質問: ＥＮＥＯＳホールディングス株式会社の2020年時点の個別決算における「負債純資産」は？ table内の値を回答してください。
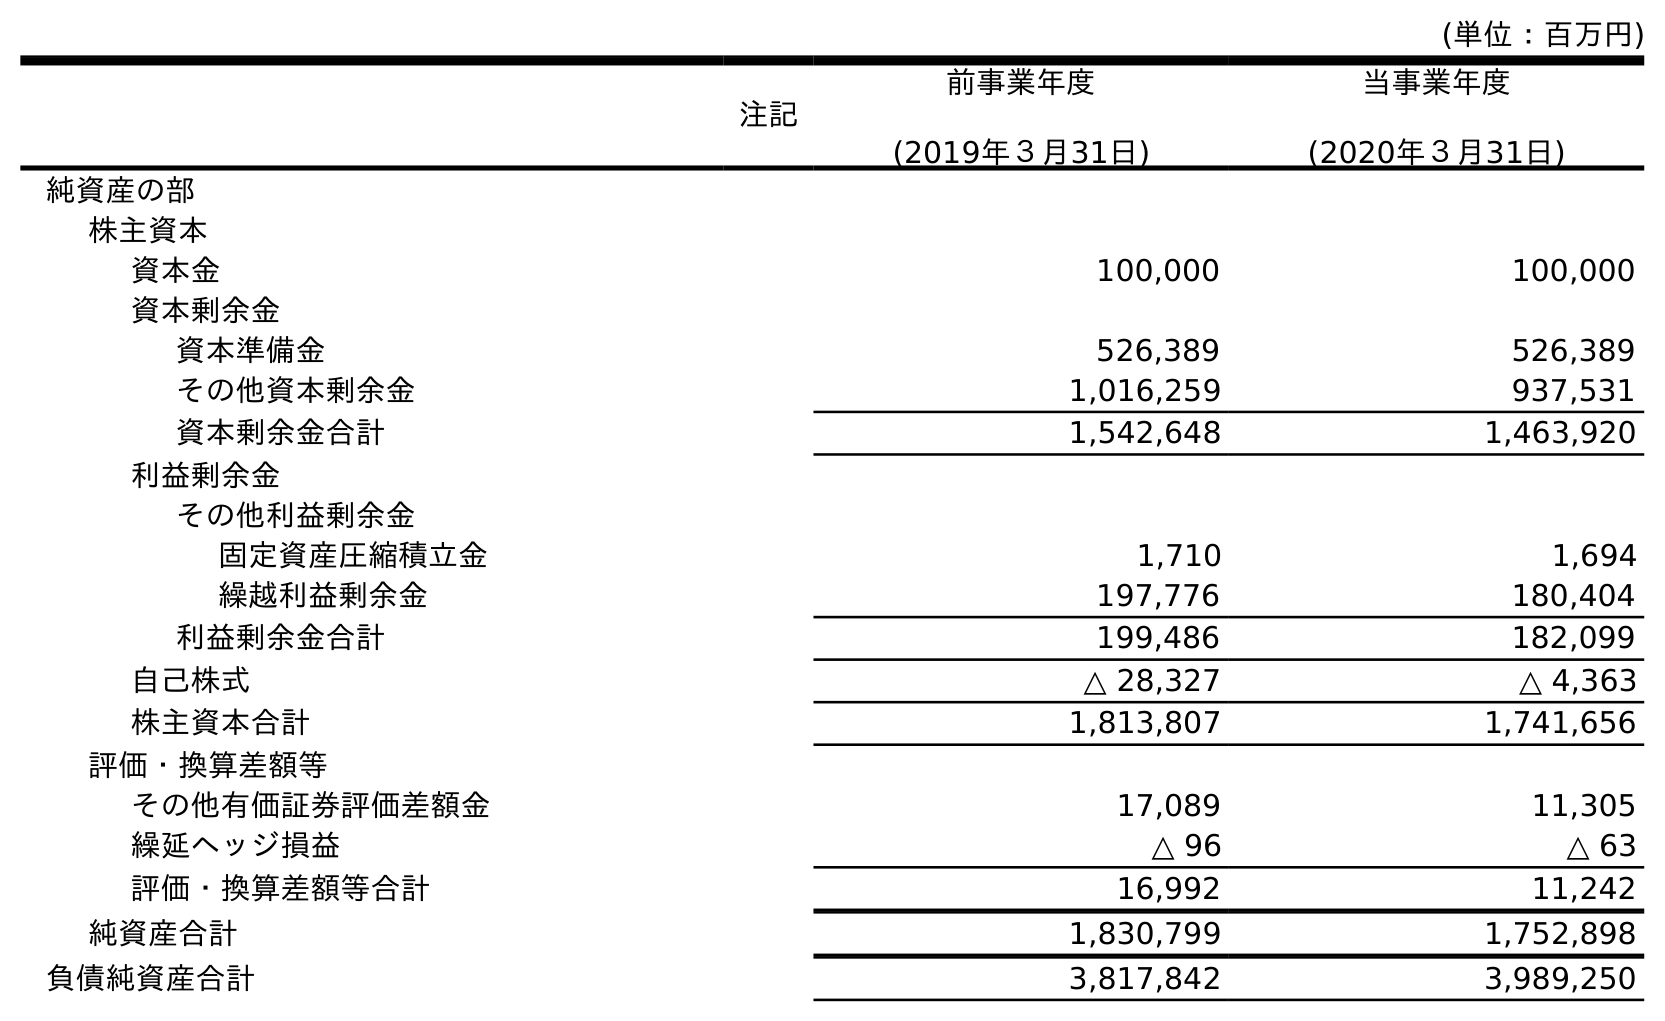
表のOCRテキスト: (単位：百万円) 注記 前事業年度 (2019年３月31日) 当事業年度 (2020年３月31日) 純資産の部 株主資本 資本金 100,000 100,000 資本剰余金 資本準備金 526,389 526,389 その他資本剰余金 1,016,259 937,531 資本剰余金合計 1,542,648 1,463,920 利益剰余金 その他利益剰余金 固定資産圧縮積立金 1,710 1,694 繰越利益剰余金 197,776 180,404 利益剰余金合計 199,486 182,099 自己株式 △ 28,327 △ 4,363 株主資本合計 1,813,807 1,741,656 評価・換算差額等 その他有価証券評価差額金 17,089 11,305 繰延ヘッジ損益 △ 96 △ 63 評価・換算差額等合計 16,992 11,242 純資産合計 1,830,799 1,752,898 負債純資産合計 3,817,842 3,989,250
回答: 3,989,250